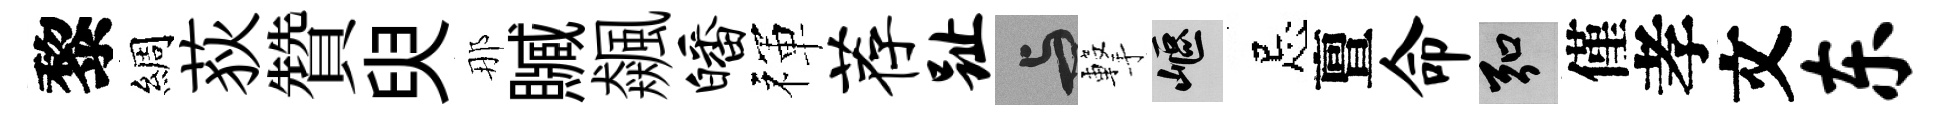
黎綢荻贊臾那贓飆皤禈荐趾与撃嶇忌亶命弘僅孝文东